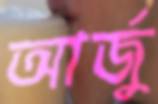
আর্জু